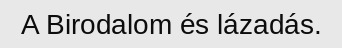
A Birodalom és lázadás.